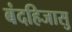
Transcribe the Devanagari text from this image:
बंदहिजासु